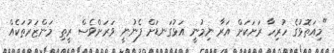
"މިއަތޮޅުގެ ހުރިހާ ރަށަކަށް އަރާ ނިމުނީ އަޅުގަނޑަށް ފެނުނީ ވަރަށްވެސް ރީތި މަންޒަރުތަކެއް